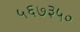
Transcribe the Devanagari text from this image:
५६७३५०